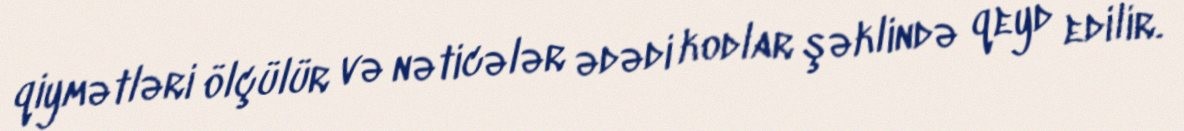
qiymətləri ölçülür və nəticələr ədədi kodlar şəklində qeyd edilir.